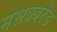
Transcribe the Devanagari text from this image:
मसक्वरेड